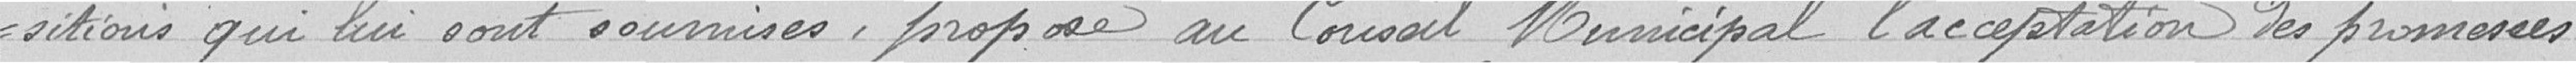
situons qui lui sont soumises, propose au Conseil Municipal l'acceptation des promesses